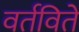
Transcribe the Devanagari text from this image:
वर्तविते